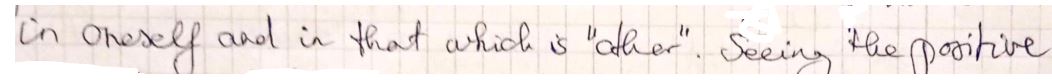
in oneself and in that which is'other. Seeing the positive